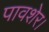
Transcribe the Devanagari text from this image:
पावशेर।